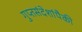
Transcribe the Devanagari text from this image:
गुप्तसंदेशांपैकी